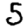
Digit: 5